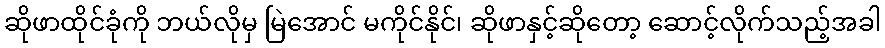
ဆိုဖာထိုင်ခုံကို ဘယ်လိုမှ မြဲအောင် မကိုင်နိုင်၊ ဆိုဖာနှင့်ဆိုတော့ ဆောင့်လိုက်သည့်အခါ